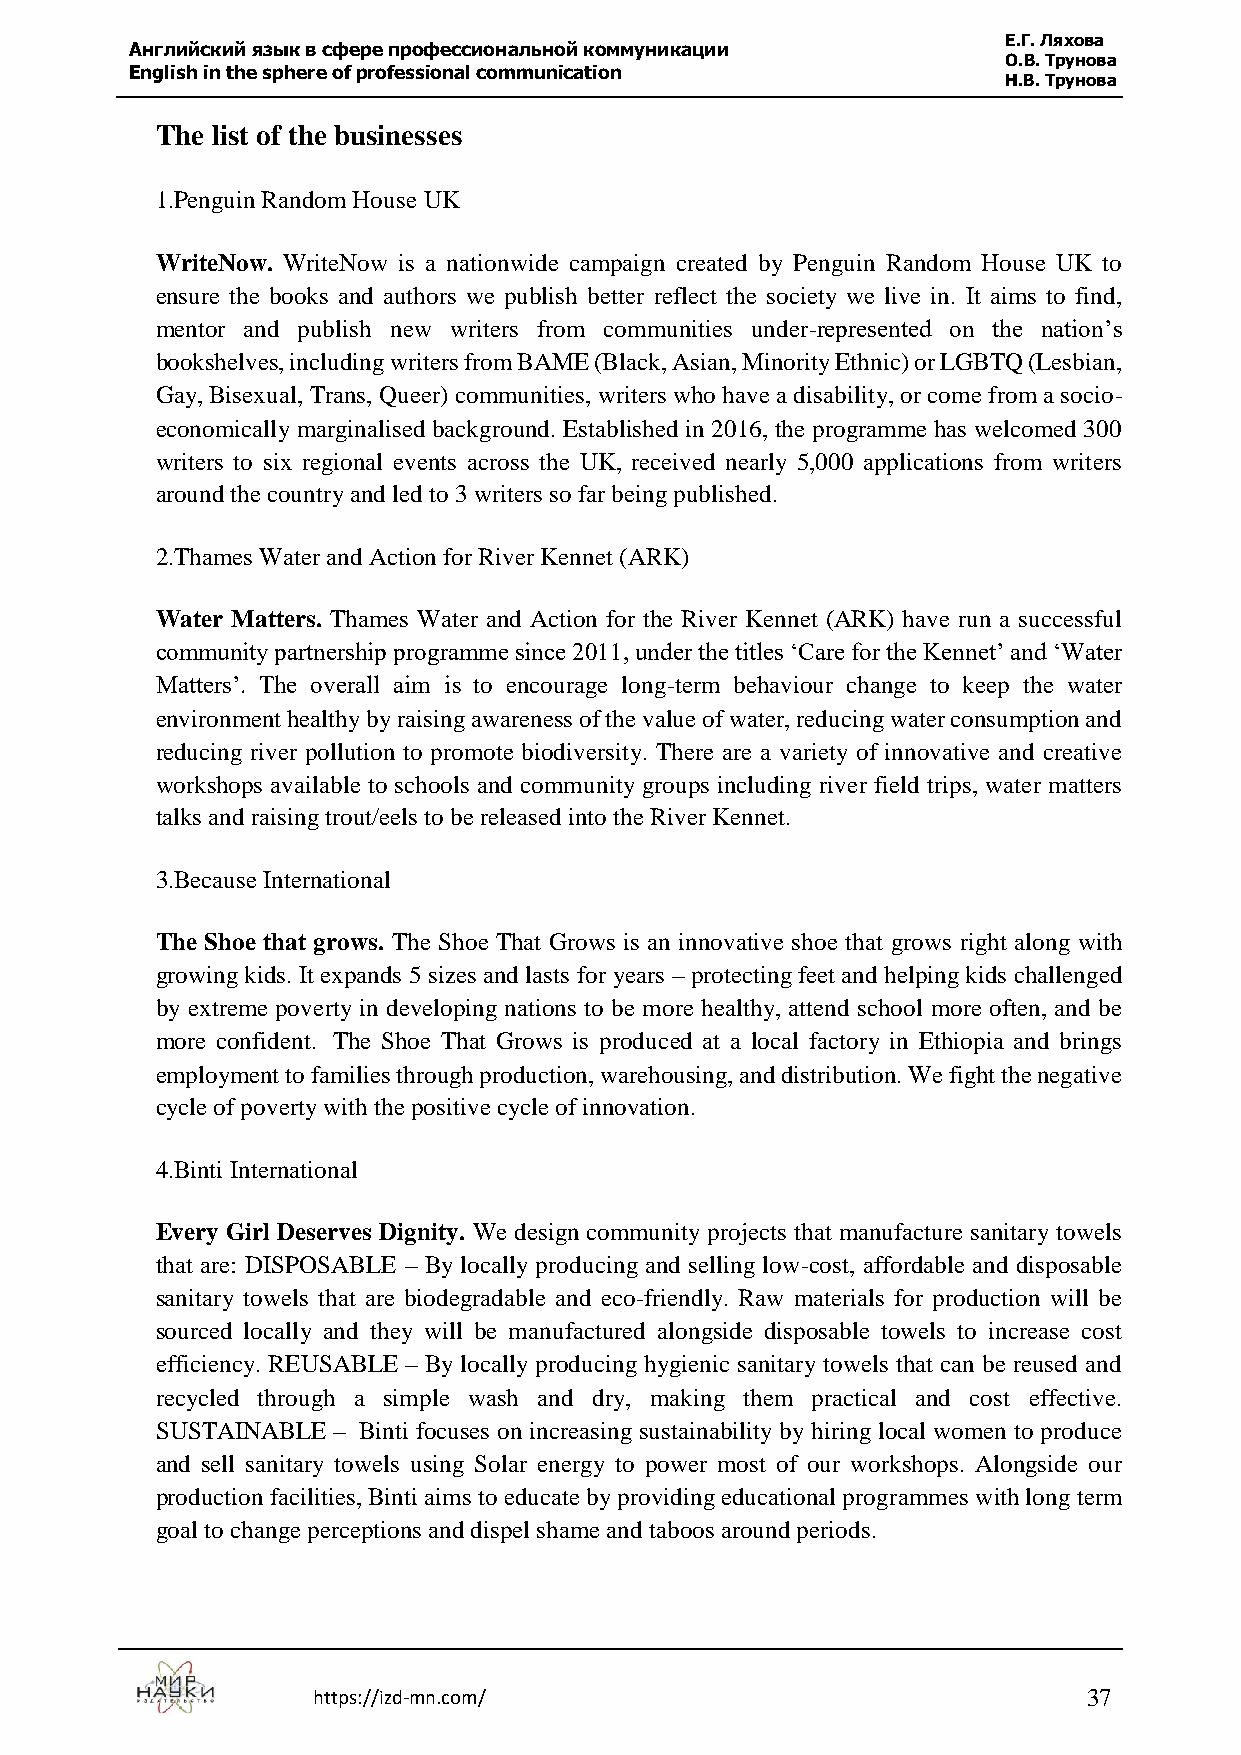
Е.Г. Ляхова
 Английский язык в сфере профессиональной коммуникации
 О.В. Трунова
 English in the sphere of professional communication
 Н.В. Трунова
 The list of the businesses
 1.Penguin Random House UK
 WriteNow. WriteNow is a nationwide campaign created by Penguin Random House UK to
 ensure the books and authors we publish better reflect the society we live in. It aims to find,
 mentor and publish new writers from communities under-represented on the nation’s
 bookshelves, including writers from BAME (Black, Asian, Minority Ethnic) or LGBTQ (Lesbian,
 Gay, Bisexual, Trans, Queer) communities, writers who have a disability, or come from a socio-
 economically marginalised background. Established in 2016, the programme has welcomed 300
 writers to six regional events across the UK, received nearly 5,000 applications from writers
 around the country and led to 3 writers so far being published.
 2.Thames Water and Action for River Kennet (ARK)
 Water Matters. Thames Water and Action for the River Kennet (ARK) have run a successful
 community partnership programme since 2011, under the titles ‘Care for the Kennet’ and ‘Water
 Matters’. The overall aim is to encourage long-term behaviour change to keep the water
 environment healthy by raising awareness of the value of water, reducing water consumption and
 reducing river pollution to promote biodiversity. There are a variety of innovative and creative
 workshops available to schools and community groups including river field trips, water matters
 talks and raising trout/eels to be released into the River Kennet.
 3.Because International
 The Shoe that grows. The Shoe That Grows is an innovative shoe that grows right along with
 growing kids. It expands 5 sizes and lasts for years – protecting feet and helping kids challenged
 by extreme poverty in developing nations to be more healthy, attend school more often, and be
 more confident. The Shoe That Grows is produced at a local factory in Ethiopia and brings
 employment to families through production, warehousing, and distribution. We fight the negative
 cycle of poverty with the positive cycle of innovation.
 4.Binti International
 Every Girl Deserves Dignity. We design community projects that manufacture sanitary towels
 that are: DISPOSABLE – By locally producing and selling low-cost, affordable and disposable
 sanitary towels that are biodegradable and eco-friendly. Raw materials for production will be
 sourced locally and they will be manufactured alongside disposable towels to increase cost
 efficiency. REUSABLE – By locally producing hygienic sanitary towels that can be reused and
 recycled through a simple wash and dry, making them practical and cost effective.
 SUSTAINABLE – Binti focuses on increasing sustainability by hiring local women to produce
 and sell sanitary towels using Solar energy to power most of our workshops. Alongside our
 production facilities, Binti aims to educate by providing educational programmes with long term
 goal to change perceptions and dispel shame and taboos around periods.
 https://izd-mn.com/                                37